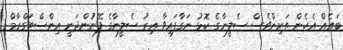
ބައެއް އެހެން ތަރިންވެސް ސެލީނާގެ ކޮޅު ނަގާފައިވާ އިރު ސެލީނާގެ ފޭނުުންދަނީ އިންސްޓަގްރާމް